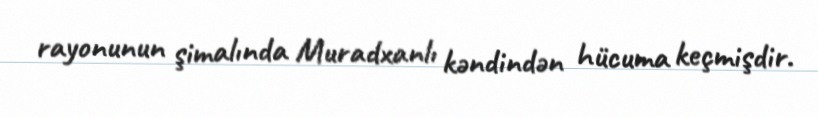
rayonunun şimalında Muradxanlı kəndindən hücuma keçmişdir.